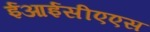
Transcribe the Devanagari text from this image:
ईआईसीएएस